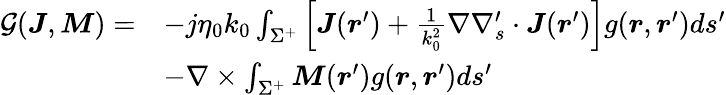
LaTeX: \begin{array}{rl}{\mathcal{G}(\boldsymbol{J},\boldsymbol{M})=}&{-j\eta_{0}k_{0}\int_{\Sigma^{+}}{\left[\boldsymbol{J}(\boldsymbol{r}^{\prime})+\frac{1}{k_{0}^{2}}\nabla\nabla_{s}^{\prime}\cdot\boldsymbol{J}(\boldsymbol{r}^{\prime})\right]}g(\boldsymbol{r},\boldsymbol{r}^{\prime})ds^{\prime}}\\ &{-\nabla\times\int_{\Sigma^{+}}{\boldsymbol{M}}(\boldsymbol{r}^{\prime})g(\boldsymbol{r},\boldsymbol{r}^{\prime})ds^{\prime}}\end{array}